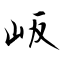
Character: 岅